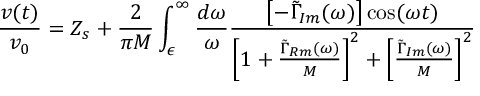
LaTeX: \frac { v ( t ) } { v _ { 0 } } = Z _ { s } + \frac { 2 } { \pi M } \int _ { \epsilon } ^ { \infty } \frac { d \omega } { \omega } \frac { \left[ - \tilde { \Gamma } _ { I m } ( \omega ) \right] \cos ( \omega t ) } { \left[ 1 + \frac { \tilde { \Gamma } _ { R m } ( \omega ) } { M } \right] ^ { 2 } + \left[ \frac { \tilde { \Gamma } _ { I m } ( \omega ) } { M } \right] ^ { 2 } }